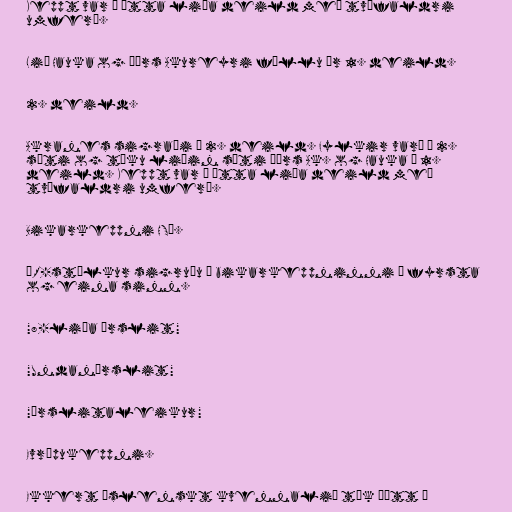
Keppt var í átta liða deild með tvöfaldri
umferð.

Lið Hauka og Þórs Akureyri féllu úr 1. deild.

2. deild.

Akranes sigraði í 2. deild. Fylkir varð í 2.
sæti og tóku liðin sæti Þórs Ak. og Hauka í 1.
deild. Keppt var í átta liða deild með
tvöfaldri umferð.

Bikarkeppni HSÍ.

ÍR-stúlkur sigruðu í bikarkeppninni í fyrsta
og eina sinn.

"8-liða úrslit"

"Undanúrslit"

"Úrslitaleikur"

Evrópukeppni.

Ekkert íslenskt kvennalið tók þátt í